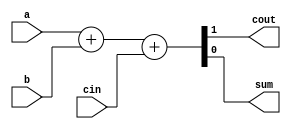
module fa_1(output wire cout, sum, input wire a, b, cin);

    assign{cout,sum} = a + b + cin;

endmodule